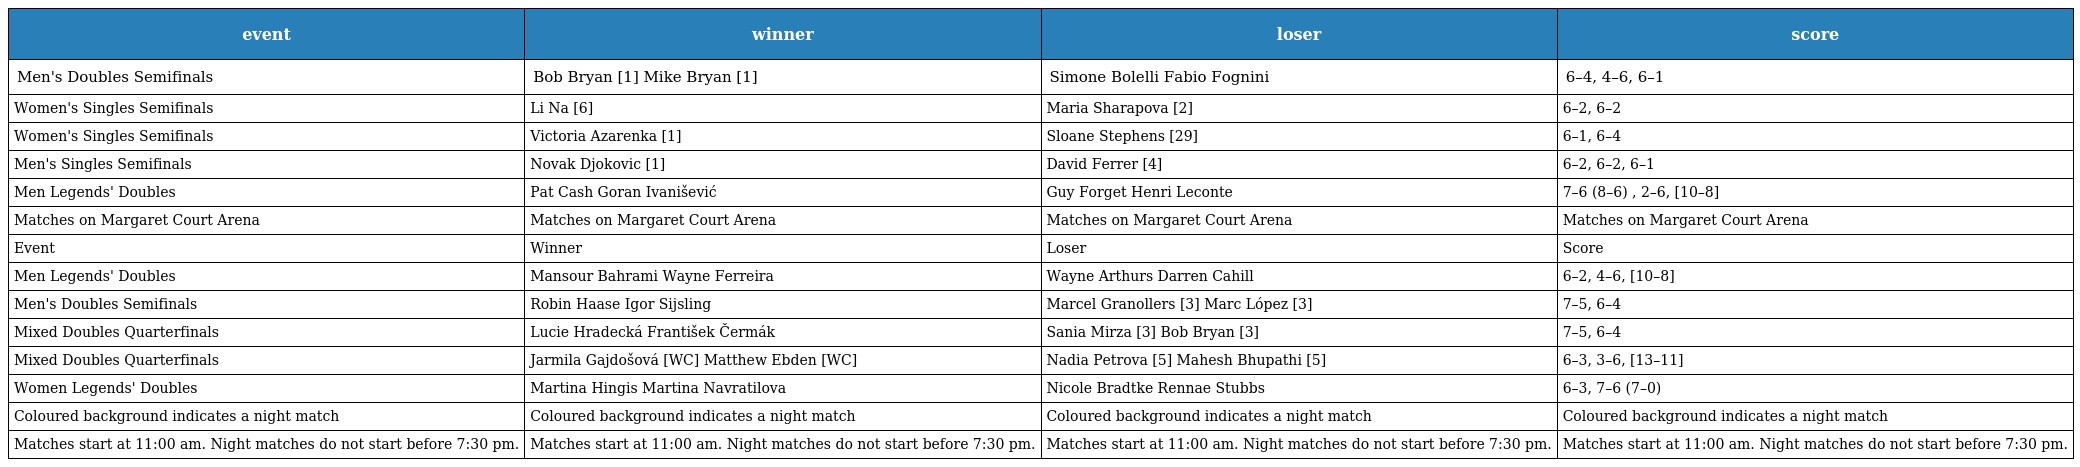
| event | winner | loser | score |
 | --- | --- | --- | --- |
 | Men's Doubles Semifinals | Bob Bryan [1] Mike Bryan [1] | Simone Bolelli Fabio Fognini | 6–4, 4–6, 6–1 |
 | Women's Singles Semifinals | Li Na [6] | Maria Sharapova [2] | 6–2, 6–2 |
 | Women's Singles Semifinals | Victoria Azarenka [1] | Sloane Stephens [29] | 6–1, 6–4 |
 | Men's Singles Semifinals | Novak Djokovic [1] | David Ferrer [4] | 6–2, 6–2, 6–1 |
 | Men Legends' Doubles | Pat Cash Goran Ivanišević | Guy Forget Henri Leconte | 7–6 (8–6) , 2–6, [10–8] |
 | Matches on Margaret Court Arena | Matches on Margaret Court Arena | Matches on Margaret Court Arena | Matches on Margaret Court Arena |
 | Event | Winner | Loser | Score |
 | Men Legends' Doubles | Mansour Bahrami Wayne Ferreira | Wayne Arthurs Darren Cahill | 6–2, 4–6, [10–8] |
 | Men's Doubles Semifinals | Robin Haase Igor Sijsling | Marcel Granollers [3] Marc López [3] | 7–5, 6–4 |
 | Mixed Doubles Quarterfinals | Lucie Hradecká František Čermák | Sania Mirza [3] Bob Bryan [3] | 7–5, 6–4 |
 | Mixed Doubles Quarterfinals | Jarmila Gajdošová [WC] Matthew Ebden [WC] | Nadia Petrova [5] Mahesh Bhupathi [5] | 6–3, 3–6, [13–11] |
 | Women Legends' Doubles | Martina Hingis Martina Navratilova | Nicole Bradtke Rennae Stubbs | 6–3, 7–6 (7–0) |
 | Coloured background indicates a night match | Coloured background indicates a night match | Coloured background indicates a night match | Coloured background indicates a night match |
 | Matches start at 11:00 am. Night matches do not start before 7:30 pm. | Matches start at 11:00 am. Night matches do not start before 7:30 pm. | Matches start at 11:00 am. Night matches do not start before 7:30 pm. | Matches start at 11:00 am. Night matches do not start before 7:30 pm. |